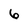
Character: 6